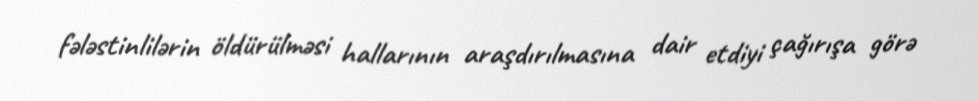
fələstinlilərin öldürülməsi hallarının araşdırılmasına dair etdiyi çağırışa görə